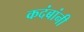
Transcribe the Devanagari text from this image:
कदंबांनी